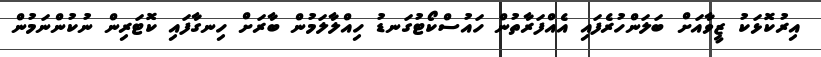
އިރުކޮޅަކު ޒީވާއަށް ބަލަންހުރެފައި އެއްފަރާތުން ހައުސްކޯޓުގަނޑު ހިއްލާލަމުން ބާރަށް ހިނގާފައި ކޮޓަރިން ނުކުންނަމުން